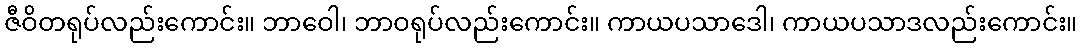
ဇီဝိတရုပ်လည်းကောင်း။ ဘာဝေါ၊ ဘာဝရုပ်လည်းကောင်း။ ကာယပသာဒေါ၊ ကာယပသာဒလည်းကောင်း။